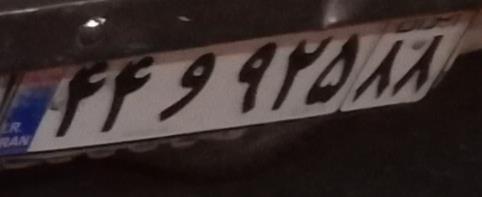
۴۴و۹۲۵۸۸